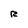
Character: R